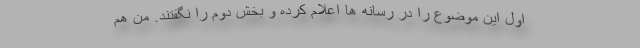
اول این موضوع را در رسانه ها اعلام کرده و بخش دوم را نگفتند. من هم